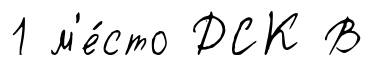
1 м'е́сто ДСК В